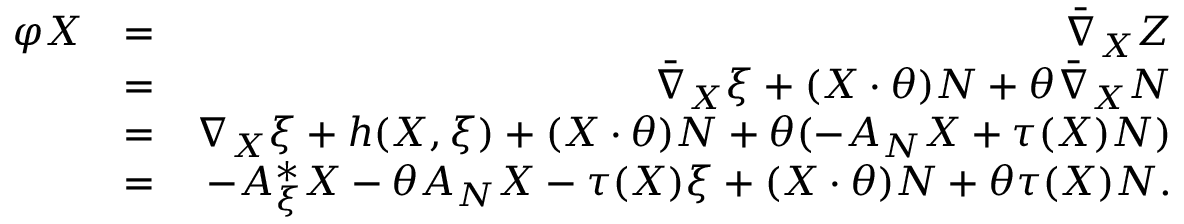
\begin{array} { r l r } { \varphi X } & { = } & { \bar { \nabla } _ { X } Z } \\ & { = } & { \bar { \nabla } _ { X } \xi + ( X \cdot \theta ) N + \theta \bar { \nabla } _ { X } N } \\ & { = } & { \nabla _ { X } \xi + h ( X , \xi ) + ( X \cdot \theta ) N + \theta ( - A _ { N } X + \tau ( X ) N ) } \\ & { = } & { - A _ { \xi } ^ { * } X - \theta A _ { N } X - \tau ( X ) \xi + ( X \cdot \theta ) N + \theta \tau ( X ) N . } \end{array}